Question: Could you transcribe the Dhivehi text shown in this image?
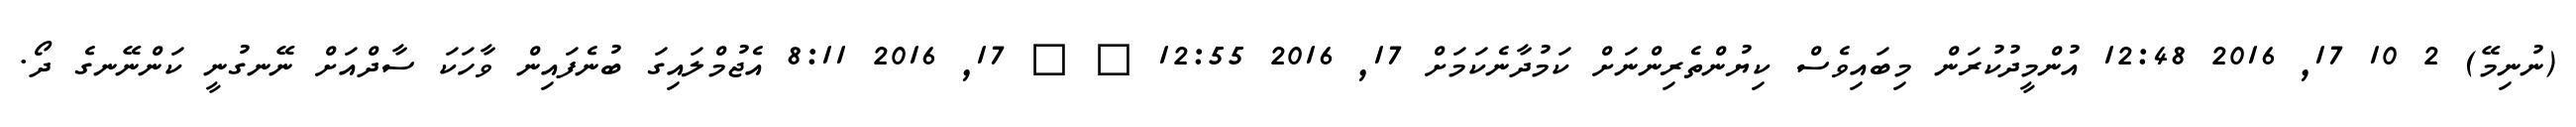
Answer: (ނުނިމޭ) 2 10 17, 2016 12:48 އުންމީދުކުރަން މިބައިވެސް ކިޔުންތެރިންނަށް ކަމުދާނެކަމަށް 17, 2016 12:55 ? ? 17, 2016 8:11 އެޖުމްލައިގަ ބުނެފައިން ވާހަކަ ސާދްއަށް ނޭނގުނީ ކަންނޭނގެ ދޯ.